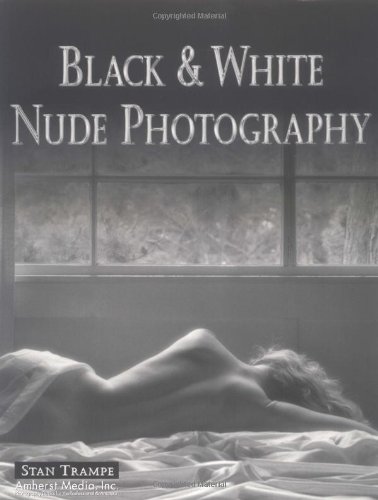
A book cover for Black & White Nude Photography; Stan Trampe; Arts & Photography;